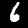
Label: 6